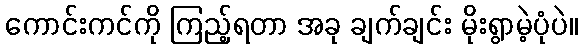
ကောင်းကင်ကို ကြည့်ရတာ အခု ချက်ချင်း မိုးရွာမဲ့ပုံပဲ။